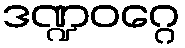
ဒဏ္ဍဝဂ္ဂေ